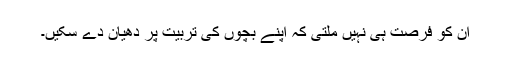
ان کو فرصت ہی نہیں ملتی کہ اپنے بچوں کی تربیت پر دھیان دے سکیں۔